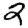
Digit: 2